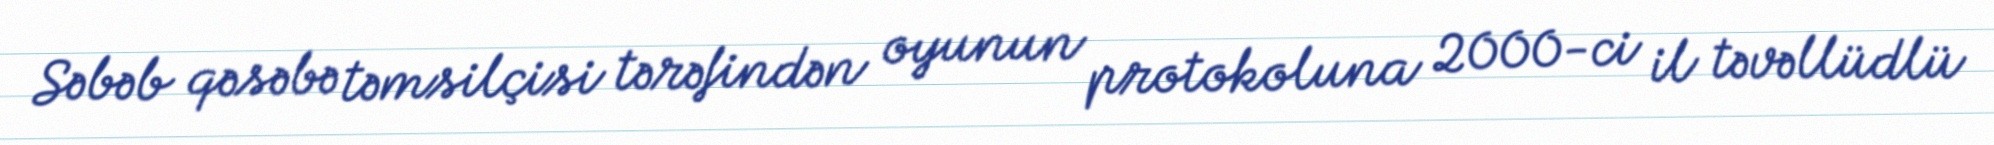
Səbəb qəsəbə təmsilçisi tərəfindən oyunun protokoluna 2000-ci il təvəllüdlü